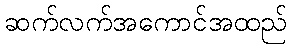
ဆက်လက်အကောင်အထည်